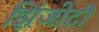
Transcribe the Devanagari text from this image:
झिंजोटी